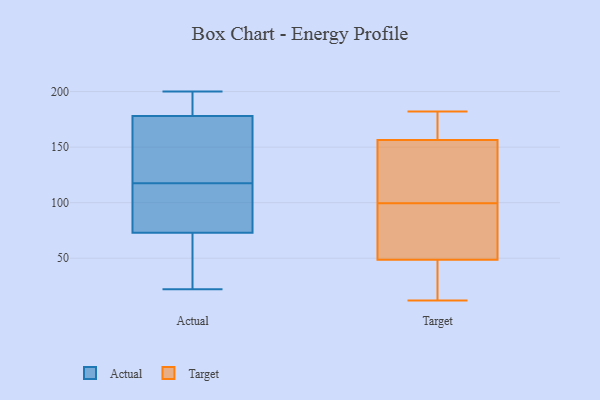
{"axis": {"x": "Shipments", "y": "Value"}, "legend": ["Actual", "Target"], "data": [{"x": "", "y": 26, "type": "Actual"}, {"x": "", "y": 166, "type": "Actual"}, {"x": "", "y": 148, "type": "Actual"}, {"x": "", "y": 125, "type": "Actual"}, {"x": "", "y": 185, "type": "Actual"}, {"x": "", "y": 200, "type": "Actual"}, {"x": "", "y": 171, "type": "Actual"}, {"x": "", "y": 195, "type": "Actual"}, {"x": "", "y": 68, "type": "Actual"}, {"x": "", "y": 189, "type": "Actual"}, {"x": "", "y": 22, "type": "Actual"}, {"x": "", "y": 54, "type": "Actual"}, {"x": "", "y": 110, "type": "Actual"}, {"x": "", "y": 101, "type": "Actual"}, {"x": "", "y": 90, "type": "Actual"}, {"x": "", "y": 78, "type": "Actual"}, {"x": "", "y": 159, "type": "Target"}, {"x": "", "y": 172, "type": "Target"}, {"x": "", "y": 182, "type": "Target"}, {"x": "", "y": 27, "type": "Target"}, {"x": "", "y": 114, "type": "Target"}, {"x": "", "y": 52, "type": "Target"}, {"x": "", "y": 85, "type": "Target"}, {"x": "", "y": 12, "type": "Target"}, {"x": "", "y": 45, "type": "Target"}, {"x": "", "y": 66, "type": "Target"}, {"x": "", "y": 154, "type": "Target"}, {"x": "", "y": 127, "type": "Target"}]}